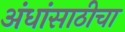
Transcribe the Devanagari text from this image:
अंधांसाठीचा